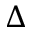
\Delta